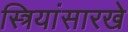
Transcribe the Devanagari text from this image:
स्त्रियांसारखे